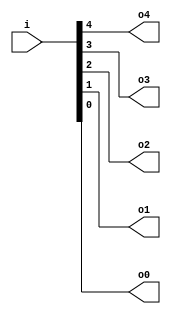
module v60f5a9_v9a2a06 (
 input [4:0] i,
 output o4,
 output o3,
 output o2,
 output o1,
 output o0
);
 assign o4 = i[4];
 assign o3 = i[3];
 assign o2 = i[2];
 assign o1 = i[1];
 assign o0 = i[0];
endmodule